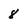
Character: 8